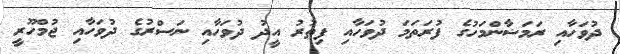
ދުވަހާއި ރަމަޟާންމަހުގެ ފުރަތަމަ ދުވަހާއި ފިތުރު އީދު ދުވަހާއި ނަސްރުގެ ދުވަހާއި ޖުމްހޫރީ